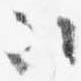
次